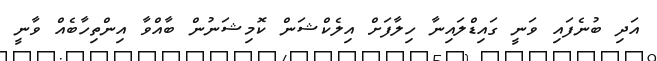
އަދި ބުނެފައި ވަނީ ގައިޑްލައިނާ ހިލާފަށް އިލެކްޝަން ކޮމިޝަނުން ބާއްވާ އިންތިހާބެއް ވާނީ